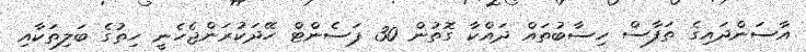
އާސަންދައިގެ ތަފާސް ހިސާބުތައް ދައްކާ ގޮތުން 30 ޕަސެންޓް ހޭދަކުރަންޖެހެނީ ހިތުގެ ބަލިތަކާއި